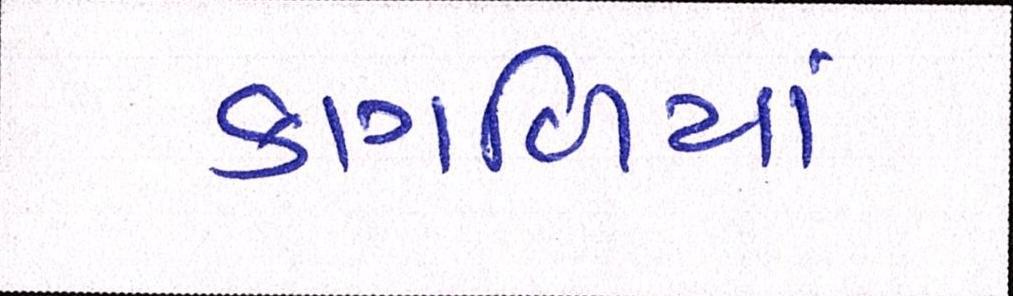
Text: કાગળિયાં